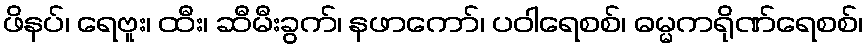
ဖိနပ်၊ ရေဗူး၊ ထီး၊ ဆီမီးခွက်၊ နဖာကော်၊ ပဝါရေစစ်၊ ဓမ္မကရိုဏ်ရေစစ်၊